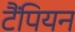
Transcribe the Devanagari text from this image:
टैंपियन